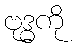
ဗုဒ္ဓကို